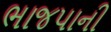
ભાજપાની